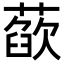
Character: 𦻁